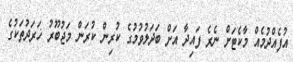
އުފެއްދުމެއް މާކެޓަށް ނެރެ ފައިދާ އަށް ބަދަލުވުމުގެ ކުރިން ކުރަން މަޖުބޫރު ޚަރަދުތަކުގެ